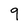
Character: 9